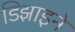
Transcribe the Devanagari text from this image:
डिझाइने